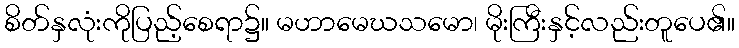
စိတ်နှလုံးကိုပြည့်စေရာ၌။ မဟာမေဃသမော၊ မိုးကြီးနှင့်လည်းတူပေ၏။